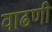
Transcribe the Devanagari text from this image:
वाढणी